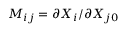
M _ { i j } = \partial X _ { i } / \partial X _ { j 0 }